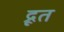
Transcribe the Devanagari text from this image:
द्रूत